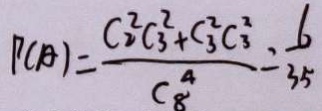
P ( A ) = \frac { C _ { 2 } ^ { 2 } C _ { 3 } ^ { 2 } + C _ { 3 } ^ { 2 } C _ { 3 } ^ { 2 } } { C _ { 8 } ^ { 4 } } = \frac { 6 } { 3 5 }